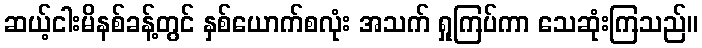
ဆယ့်ငါးမိနစ်ခန့်တွင် နှစ်ယောက်စလုံး အသက် ရှုကြပ်ကာ သေဆုံးကြသည်။